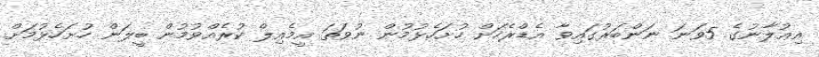
އިޢުލާނުގެ 5ވަނަ ނަންބަރުގައިވާ އެޑްރެހަށް ހުށަހެޅުމުން ނުވަތަ އީމެއިލް ކުރެއްވުމުން ބީލަން ހުށަހެޅުމަށް